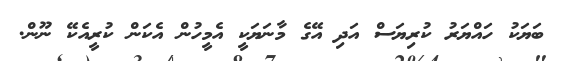
ބަޔަކު ހައްޔަރު ކުރިޔަސް އަދި އޭގެ މާނަޔަކީ އެމީހުން އެކަން ކުރީއެކޭ ނޫން.